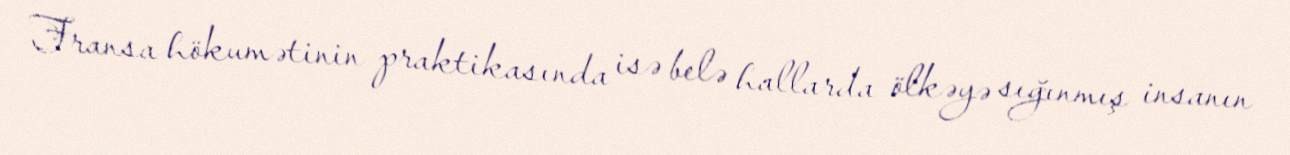
Fransa hökumətinin praktikasında isə belə hallarda ölkəyə sığınmış insanın